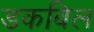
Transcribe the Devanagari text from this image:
डकबिल